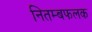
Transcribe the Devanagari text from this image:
नितम्बफलक